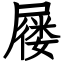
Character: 屦